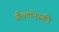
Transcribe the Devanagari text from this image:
जैब्लाॅनस्की